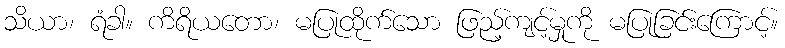
သိယာ၊ ရံခါ။ ကိရိယတော၊ မပြုထိုက်သော ဖြည့်ကျင့်မှုကို မပြုခြင်းကြောင့်။